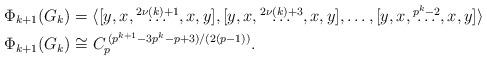
LaTeX: \begin{align*} & \Phi_{k+1}(G_k) = \langle [y,x, \overset{2\nu(k)+1}{\ldots}, x,y], [y,x, \overset{2\nu(k)+3}{\ldots}, x,y], \ldots, [y,x, \overset{p^k-2}{\ldots}, x,y]\rangle \\ & \Phi_{k+1}(G_k)\cong C_p^{\, (p^{k+1}-3p^k-p+3)/(2(p-1))}. \end{align*}